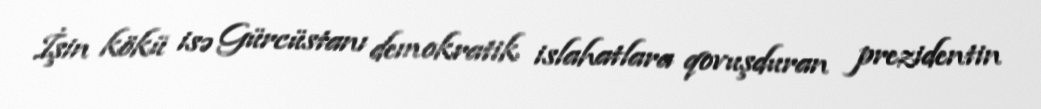
İşin kökü isə Gürcüstanı demokratik islahatlara qovuşduran prezidentin